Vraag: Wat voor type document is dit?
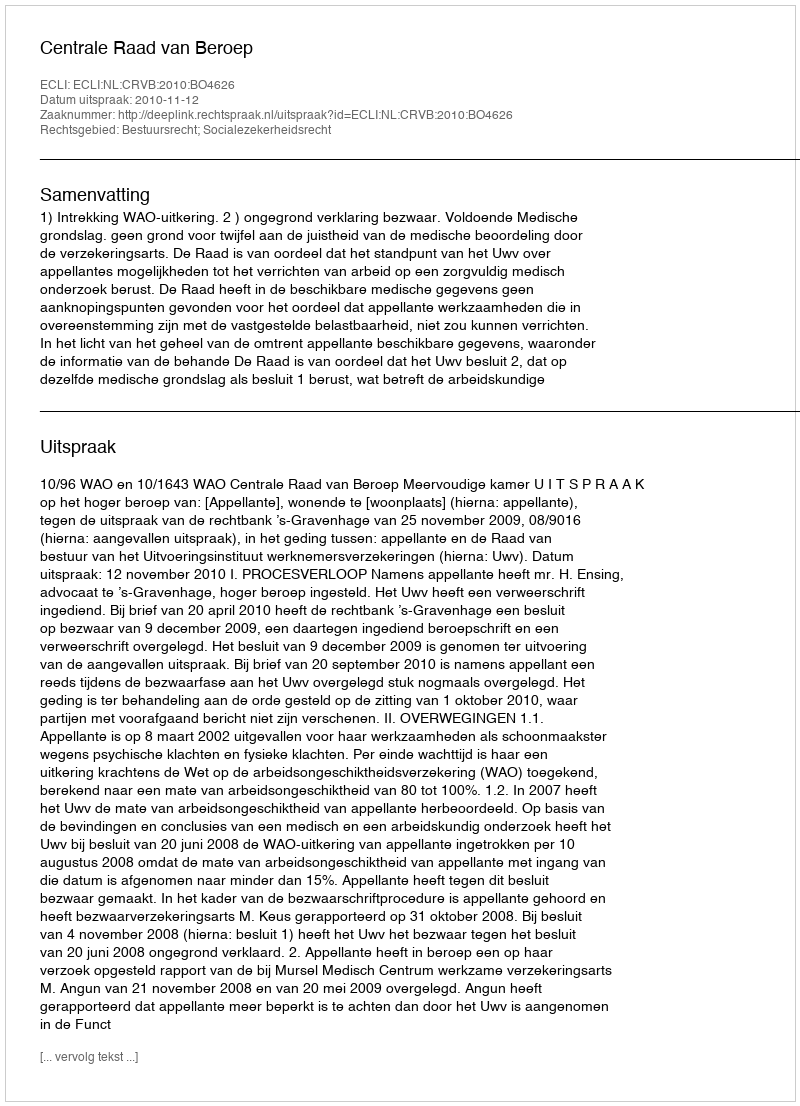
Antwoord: Uitspraak